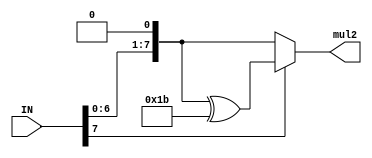
module mul2(IN, mul2);
    input wire [7:0] IN;
    output wire [7:0] mul2;
    wire [7:0] temp;
    assign temp = IN << 1;
    assign  mul2 = (IN[7]== 1) ?(temp ^ 8'b00011011):temp;
endmodule